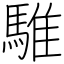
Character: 騅